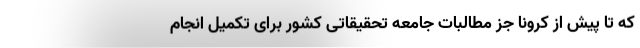
که تا پیش از کرونا جز مطالبات جامعه تحقیقاتی کشور برای تکمیل انجام